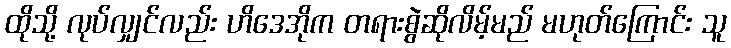
ထိုသို့ လုပ်လျှင်လည်း ဟိဒေအိုက တရားစွဲဆိုလိမ့်မည် မဟုတ်ကြောင်း သူ